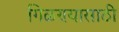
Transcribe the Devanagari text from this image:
गिळण्यासाठी